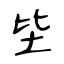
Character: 坒